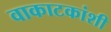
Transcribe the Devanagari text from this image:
वाकाटकांशी